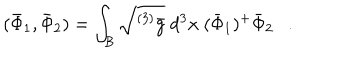
( \bar { \Phi } _ { 1 } , \bar { \Phi } _ { 2 } ) = \int _ { \cal B } \sqrt { ^ { ( 3 ) } \bar { g } } ~ d ^ { 3 } x ~ ( \bar { \Phi } _ { 1 } ) ^ { + } \bar { \Phi } _ { 2 } .